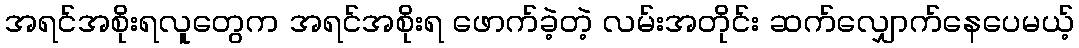
အရင်အစိုးရလူတွေက အရင်အစိုးရ ဖောက်ခဲ့တဲ့ လမ်းအတိုင်း ဆက်လျှောက်နေပေမယ့်